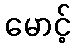
မောင့်